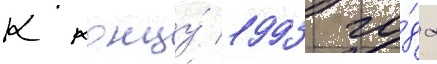
К концу́ 1993 го́да